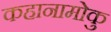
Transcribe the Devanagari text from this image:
कहानामोकु